Annual administration report of the Civil Veterinary Department of India - 1908-1909
Year: 1908
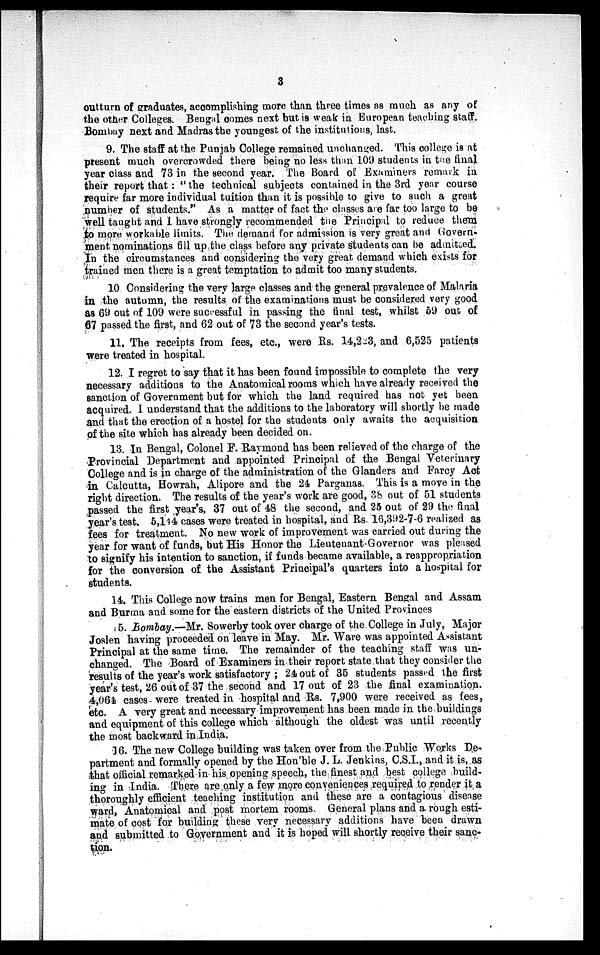
3
outturn of graduates, accomplishing more than three times as much as any of
the other Colleges. Bengal comes next but is weak in European teaching staff.
Bombay next and Madras the youngest of the institutions, last.
9. The staff at the Punjab College remained unchanged. This college is at
present much overcrowded there being no less than 109 students in the final
year class and 73 in the second year. The Board of Examiners remark in
their report that: "the technical subjects contained in the 3rd year course
require far more individual tuition than it is possible to give to such a great
number of students." As a matter of fact the classes are far too large to be
well taught and I have strongly recommended the Principal to reduce them
to more workable limits. The demand for admission is very great and Govern-
ment nominations fill up the class before any private students can be admitted.
In the circumstances and considering the very great demand which exists for
trained men there is a great temptation to admit too many students.
10. Considering the very large classes and the general prevalence of Malaria
in the autumn, the results of the examinations must be considered very good
as 69 out of 109 were successful in passing the final test, whilst 59 out of
67 passed the first, and 62 out of 73 the second year's tests.
11. The receipts from fees, etc., were Rs. 14,223, and 6,525 patients
were treated in hospital.
12. I regret to say that it has been found impossible to complete the very
necessary additions to the Anatomical rooms which have already received the
sanction of Government but for which the land required has not yet been
acquired. I understand that the additions to the laboratory will shortly be made
and that the erection of a hostel for the students only awaits the acquisition
of the site which has already been decided on.
13. In Bengal, Colonel F. Raymond has been relieved of the charge of the
Provincial Department and appointed Principal of the Bengal Veterinary
College and is in charge of the administration of the Glanders and Farcy Act
in Calcutta, Howrah, Alipore and the 24 Parganas. This is a move in the
right direction. The results of the year's work are good, 38 out of 51 students
passed the first year's, 37 out of 48 the second, and 25 out of 29 the final
year's test. 5,144 cases were treated in hospital, and Rs. 16,392-7-6 realized as
fees for treatment. No new work of improvement was carried out during the
year for want of funds, but His Honor the Lieutenant-Governor was pleased
to signify his intention to sanction, if funds became available, a reappropriation
for the conversion of the Assistant Principal's quarters into a hospital for
students.
14. This College now trains men for Bengal, Eastern Bengal and Assam
and Burma and some for the eastern districts of the United Provinces
15. Bombay.—Mr. Sowerby took over charge of the College in July, Major
Joslen having proceeded on leave in May. Mr. Ware was appointed Assistant
Principal at the same time. The remainder of the teaching staff was un-
changed. The Board of Examiners in their report state that they consider the
results of the year's work satisfactory; 24 out of 35 students passed the first
year's test, 26 out of 37 the second and 17 out of 23 the final examination.
-4,064 cases were treated in hospital and Rs. 7,900 were received as fees,
etc. A very great and necessary improvement has been made in the buildings
and equipment of this college which although the oldest was until recently
the most backward in India.
16. The new College building was taken over from the Public Works De-
partment and formally opened by the Hon'ble J. L. Jenkins, C.S.I., and it is, as
that official remarked in his opening speech, the finest and best college build-
ing in India. There are only a few more conveniences required to render it a
thoroughly efficient teaching institution and these are a contagious disease
ward, Anatomical and post mortem rooms. General plans and a rough esti-
mate of cost for building these very necessary additions have been drawn
and submitted to Government and it is hoped will shortly receive their sanc-
tion.